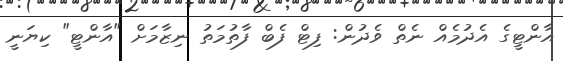
އާންޓީގެ އެދުމެއް ނެތް ވެދުން: ފިޓް ފެބް ފާތުމަތު ނިޒާމަށް "އާންޓީ" ކިޔަނީ